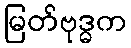
မြတ်ဗုဒ္ဓက